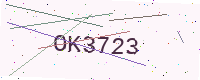
Text: OK3723